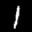
Label: 1